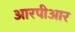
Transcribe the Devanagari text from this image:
आरपीआर